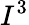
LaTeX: I^{3}